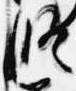
修